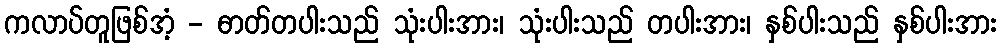
ကလာပ်တူဖြစ်အံ့ - ဓာတ်တပါးသည် သုံးပါးအား၊ သုံးပါးသည် တပါးအား၊ နှစ်ပါးသည် နှစ်ပါးအား